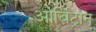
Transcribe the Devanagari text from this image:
आर्बिट्रान